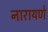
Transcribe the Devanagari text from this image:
नारायणे